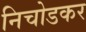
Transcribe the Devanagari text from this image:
निचोडकर